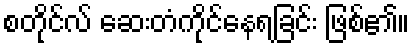
စတိုင်လ် ဆေးတံကိုင်နေရခြင်း ဖြစ်၏။